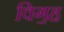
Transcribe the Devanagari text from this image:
विग॒ह